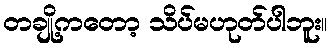
တချို့ကတော့ သိပ်မဟုတ်ပါဘူး။